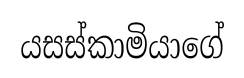
යසස්කාමියාගේ